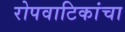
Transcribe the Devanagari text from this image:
रोपवाटिकांचा